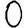
Digit: 0